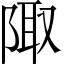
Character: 陬